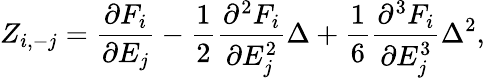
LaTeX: Z_{i,-j}=\frac{\partial F_{i}}{\partial E_{j}}-\frac{1}{2}\frac{\partial^{2}F_{i}}{\partial E_{j}^{2}}\Delta+\frac{1}{6}\frac{\partial^{3}F_{i}}{\partial E_{j}^{3}}{\Delta}^{2},